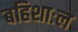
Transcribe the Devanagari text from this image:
बहिशाःल